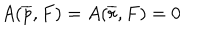
A ( \overline { { { p } } } , F ) = A ( \overline { { { r } } } , F ) = 0